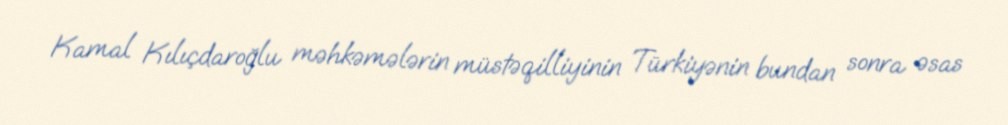
Kamal Kılıçdaroğlu məhkəmələrin müstəqilliyinin Türkiyənin bundan sonra əsas